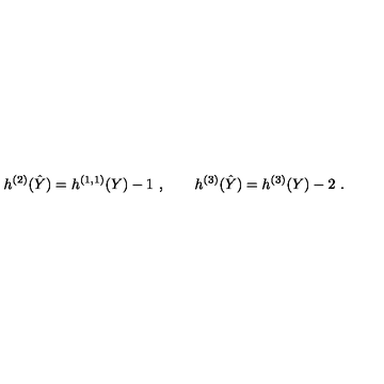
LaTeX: h ^ { ( 2 ) } ( \hat { Y } ) = h ^ { ( 1 , 1 ) } ( Y ) - 1 \ , \qquad h ^ { ( 3 ) } ( \hat { Y } ) = h ^ { ( 3 ) } ( Y ) - 2 \ .